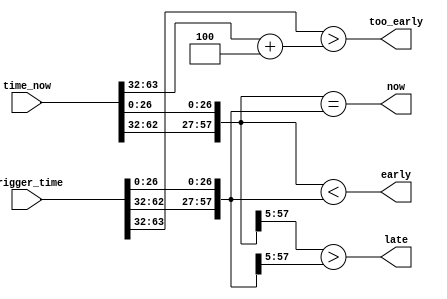
//
// Copyright 2011 Ettus Research LLC
//
// This program is free software: you can redistribute it and/or modify
// it under the terms of the GNU General Public License as published by
// the Free Software Foundation, either version 3 of the License, or
// (at your option) any later version.
//
// This program is distributed in the hope that it will be useful,
// but WITHOUT ANY WARRANTY; without even the implied warranty of
// MERCHANTABILITY or FITNESS FOR A PARTICULAR PURPOSE.  See the
// GNU General Public License for more details.
//
// You should have received a copy of the GNU General Public License
// along with this program.  If not, see <http://www.gnu.org/licenses/>.
//


// Top 32 bits are integer seconds, bottom 32 are clock ticks within a second

module time_compare
  (input [63:0] time_now,
   input [63:0] trigger_time,
   output now,
   output early,
   output late, 
   output too_early);
   
   wire    sec_match   = (time_now[63:32] == trigger_time[63:32]);
   wire    sec_late    = (time_now[63:32] > trigger_time[63:32]);

   wire    tick_match  = (time_now[31:0] == trigger_time[31:0]);
   wire    tick_late   = (time_now[31:0] > trigger_time[31:0]);
/*   
   assign now 	       = sec_match & tick_match;
   assign late 	       = sec_late | (sec_match & tick_late);
   assign early        = ~now & ~late;
*/

   /*
   assign now = (time_now == trigger_time);
   assign late = (time_now > trigger_time);
   assign early = (time_now < trigger_time);
   */

   // Compare fewer bits instead of 64 to speed up logic
   // Unused bits are not significant
   //     Top bit of seconds would put us in year 2038, long after
   //        the warranty has run out :)
   //     Top 5 bits of ticks are always zero for clocks less than 134MHz
   //     "late" can drop bottom few bits of ticks, and just delay signaling
   //        of late.  
   //     "now" cannot drop those bits, it needs to be exact.
   
   wire [57:0] short_now = {time_now[62:32],time_now[26:0]};
   wire [57:0] short_trig = {trigger_time[62:32],trigger_time[26:0]};

   assign now = (short_now == short_trig);
   assign late = (short_now[57:5] > short_trig[57:5]);
   assign early = (short_now < short_trig);
   
   assign too_early    = (trigger_time[63:32] > (time_now[63:32] + 4));  // Don't wait too long
   
endmodule // time_compare